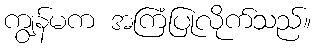
ကျွန်မက အကြံပြုလိုက်သည်။